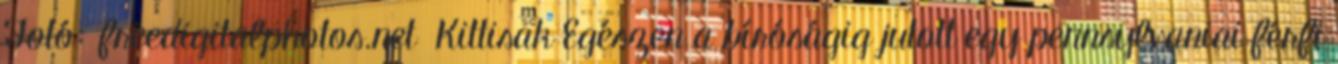
Fotó: freedigitalphotos.net Kittisak Egészen a bíróságig jutott egy pennsylvaniai férfi